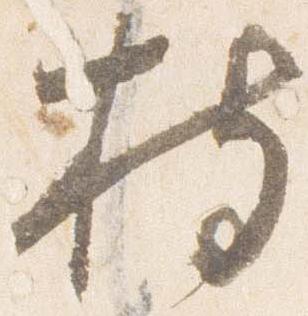
持